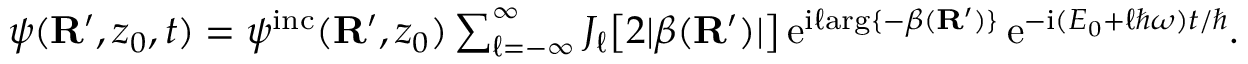
\begin{array} { r } { \psi ( { \bf R } ^ { \prime } , z _ { 0 } , t ) = \psi ^ { \mathrm { i n c } } ( { \bf R } ^ { \prime } , z _ { 0 } ) \sum _ { \ell = - \infty } ^ { \infty } J _ { \ell } \big [ 2 | \beta ( { \bf R } ^ { \prime } ) | \big ] \, \mathrm { e } ^ { \mathrm { i } \ell \mathrm { a r g } \{ - \beta ( { \bf R } ^ { \prime } ) \} } \, \mathrm { e } ^ { - \mathrm { i } ( E _ { 0 } + \ell \hbar \omega ) t / \hbar } . } \end{array}